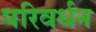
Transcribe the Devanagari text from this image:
परिवर्धन